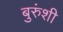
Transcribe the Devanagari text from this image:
बुरुंशी